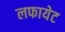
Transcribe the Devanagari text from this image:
लफायेट